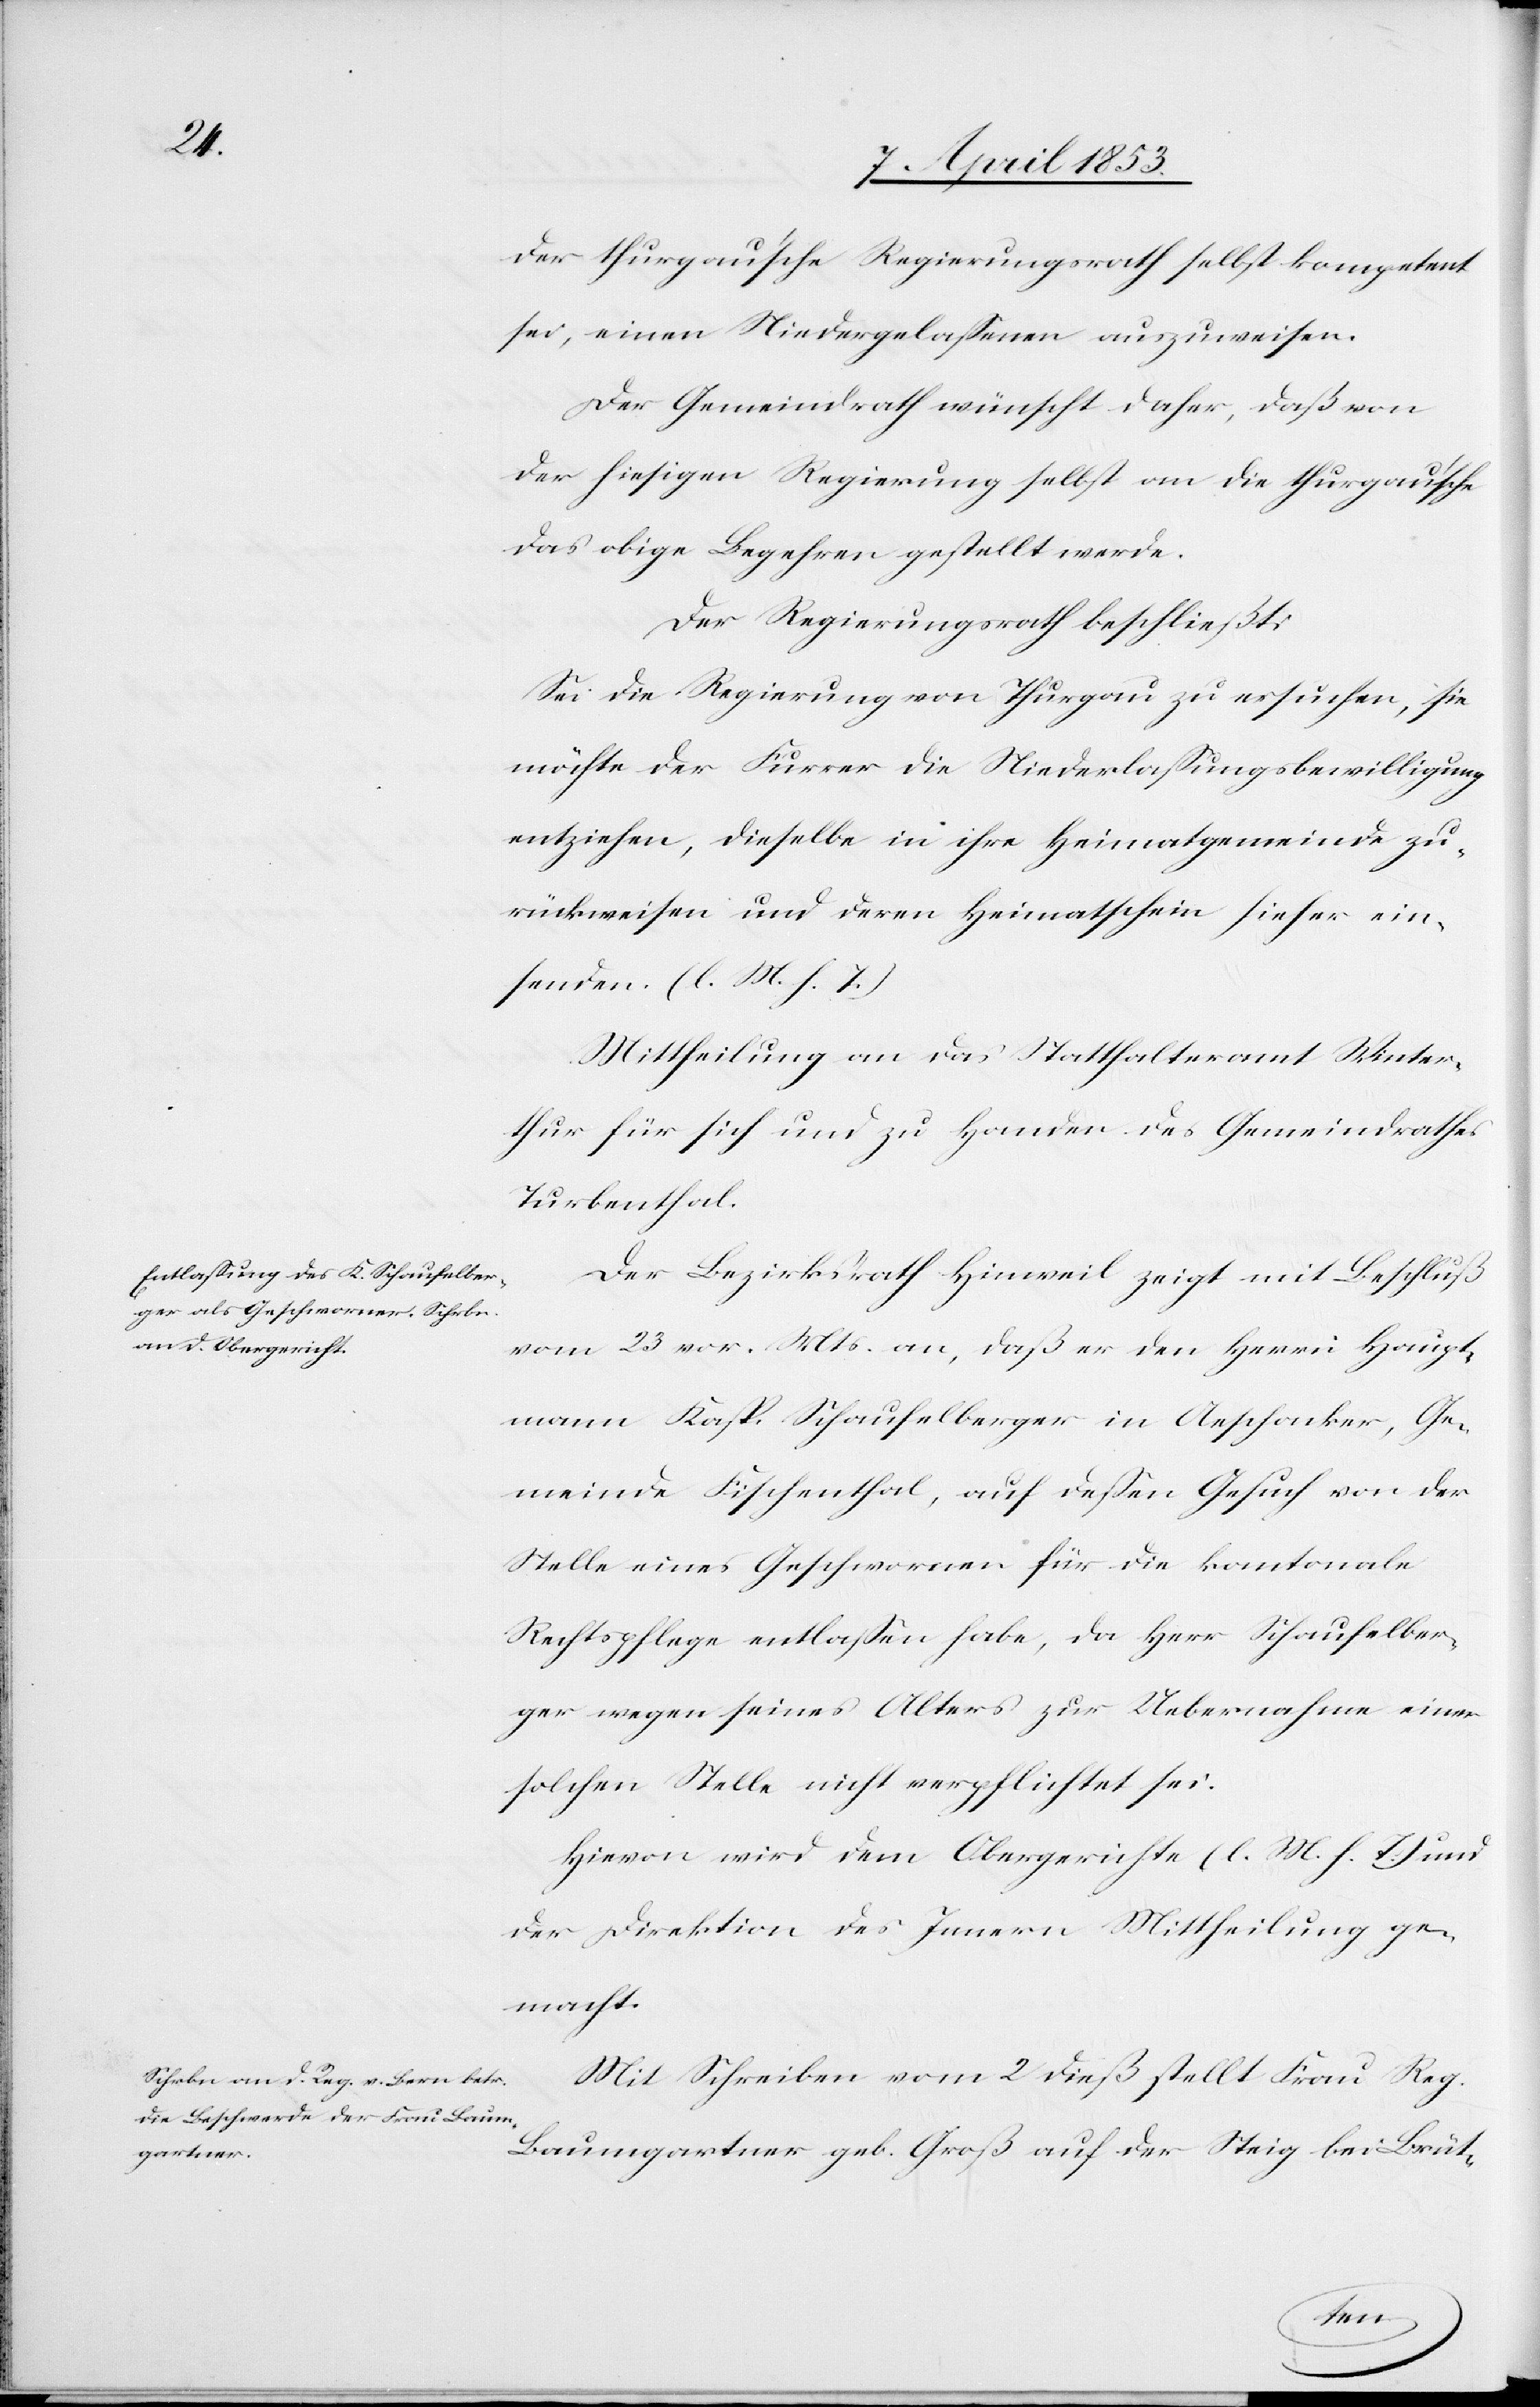
der thurgauische Regierungsrath selbst kompetent
sei, einen Niedergelassenen auszuweisen.
Der Gemeindrath wünscht daher, daß von
der hiesigen Regierung selbst an die thurgauische
das obige Begehren gestellt werde.
Der Regierungsrath beschließt:
Sei die Regierung von Thurgau zu ersuchen, sie
möchte der Furrer die Niederlaßungsbewilligung
entziehen, dieselbe in ihre Heimatgemeinde zu¬
rückweisen und deren Heimatschein hieher ein¬
senden [l. M. h. T]
Mittheilung an das Statthalteramt Winter¬
thur für sich und zu Handen des Gemeindrathes
Turbenthal.
Der Bezirksrath Hinweil zeigt mit Beschluß
vom 23 vor. Mts. an, daß er den Herrn Haupt¬
mann Kasp. Schaufelberger in Aeschanker, Ge¬
meinde Fischenthal, auf deßen Gesuch von der
Stelle eines Geschworenen für die kantonale
Rechtspflege entlaßen habe, da Herr Schaufelber¬
ger wegen seines Alters zur Uebernahme einer
solchen Stelle nicht verpflichtet sei.
Hievon wird dem Obergerichte [l. M. h. T] und
der Direktion des Innern Mittheilung ge¬
macht.
Mit Schreiben vom 2 dieß stellt Frau Reg.
Baumgartner geb. Groß auf der Steig bei Brüt-